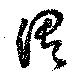
渭